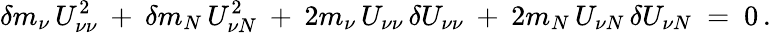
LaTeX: \delta m_{\nu}\, U_{\nu\nu}^{2}\: +\: \delta m_{N}\, U_{\nu N}^{2}\: +\: 2m_{\nu}\, U_{\nu\nu}\, \delta U_{\nu\nu}\: +\: 2m_{N}\, U_{\nu N}\, \delta U_{\nu N}\ =\ 0\, .